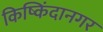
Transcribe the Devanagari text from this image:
किष्किंदानगर